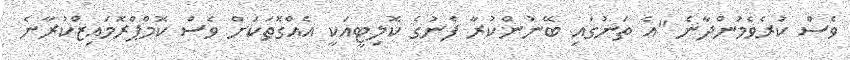
ވެސް ކުރެވެމުންދާނެ "އެ ތަނުގައި ބޭނުންކުރާ ފެނުގެ ކޮލިޓީއަކީ އެއްގޮތަކަށް ވެސް ކޮމްޕްރޮމައިޒްކުރާނެ